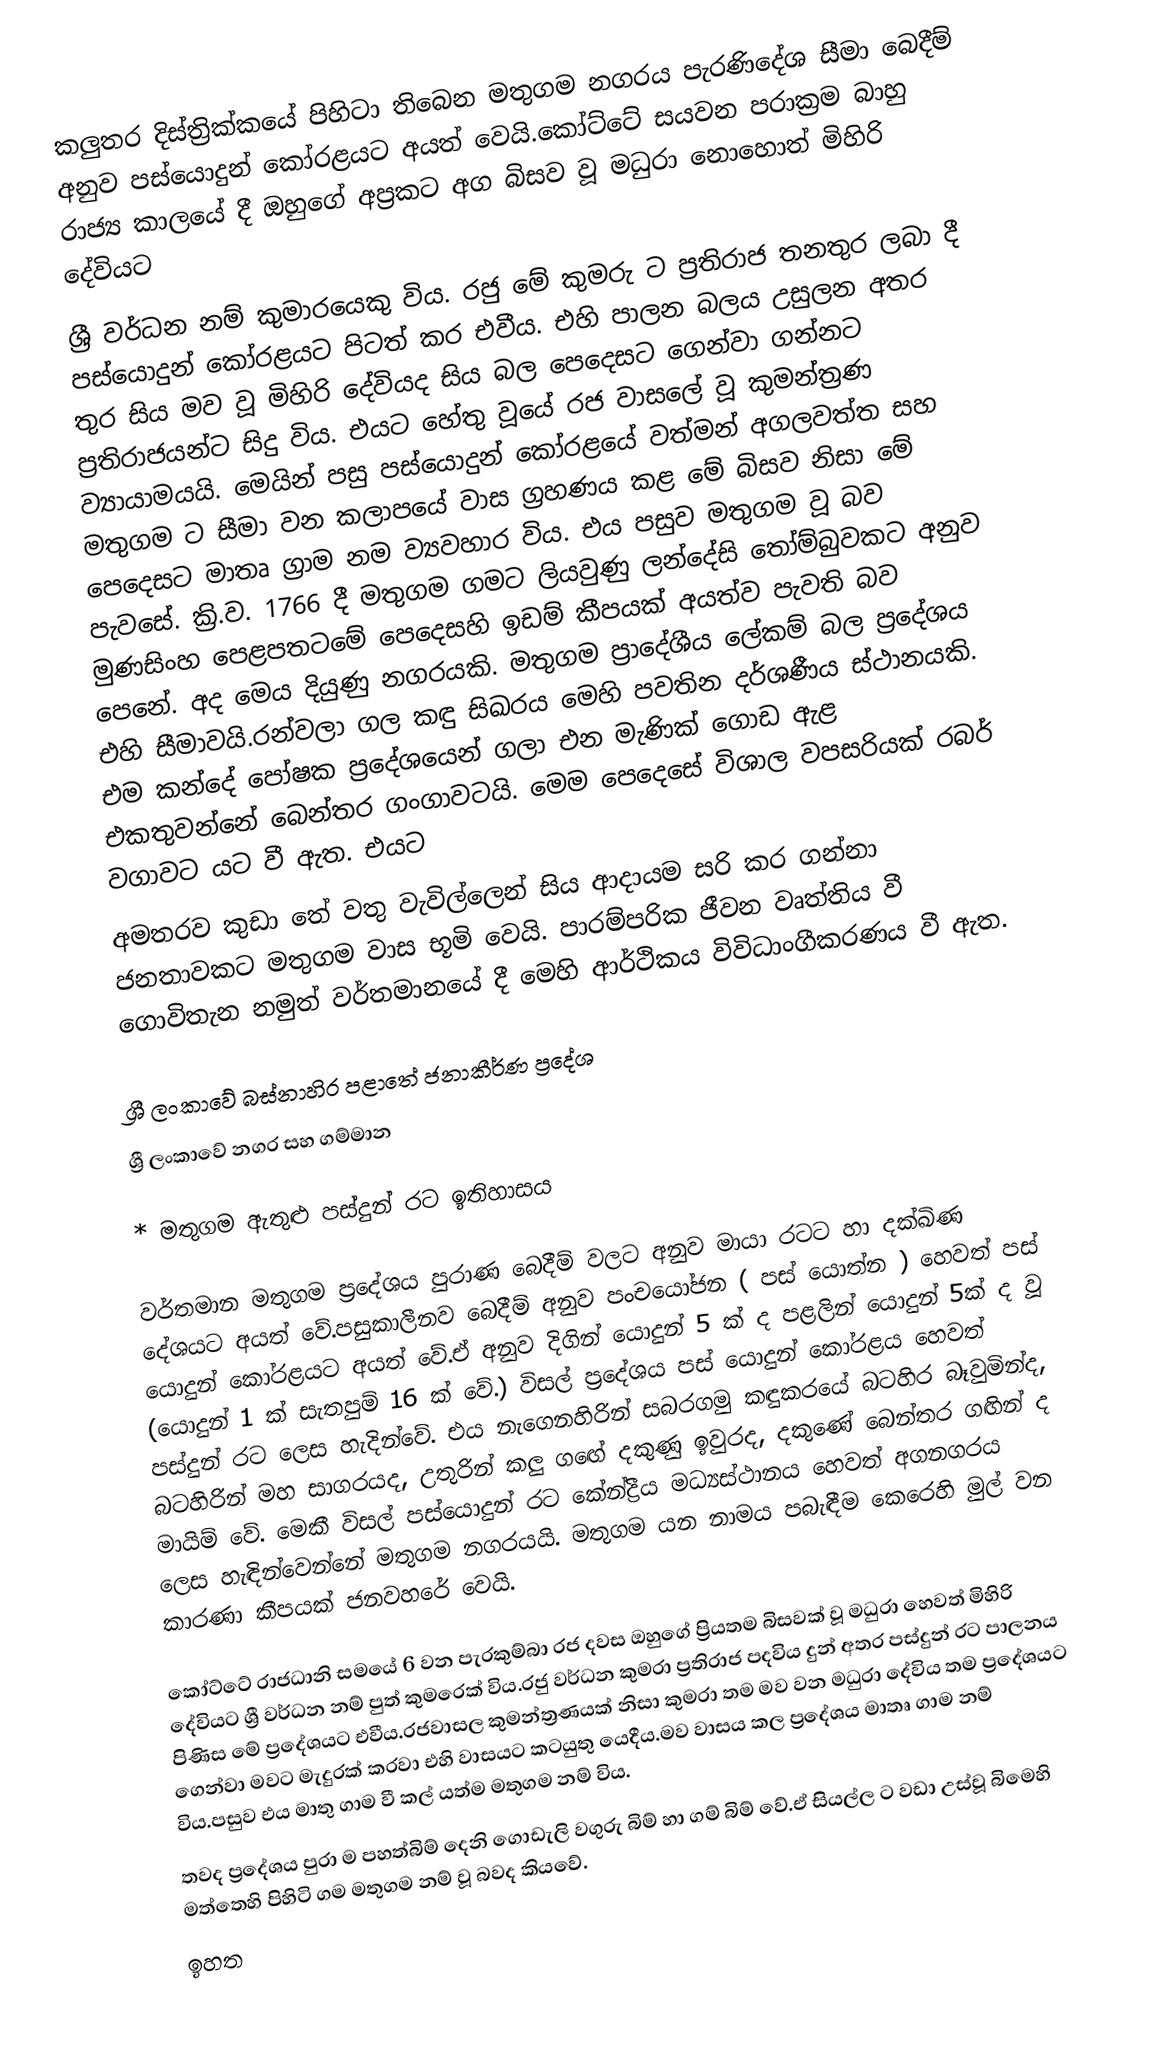
කලුතර දිස්ත්‍රික්කයේ පිහිටා තිබෙන මතුගම නගරය පැරණිදේශ සීමා බෙදීම් අනුව පස්යොදුන් කෝරළයට අයත් වෙයි.කෝට්ටේ සයවන පරාක්‍රම බාහු රාජ්‍ය කාලයේ දී ඔහුගේ අප්‍රකට අග බිසව වූ මධුරා නොහොත් මිහිරි දේවියට
ශ්‍රී වර්ධන නම් කුමාරයෙකු විය. රජු මේ කුමරු ට ප්‍රතිරාජ තනතුර ලබා දී පස්යොදුන් කෝරළයට පිටත් කර එවීය. එහි පාලන බලය උසුලන අතර තුර සිය මව වූ මිහිරි දේවියද සිය බල පෙදෙසට ගෙන්වා ගන්නට ප්‍රතිරාජයන්ට සිදු විය. එයට හේතු වූයේ රජ වාසලේ වූ කුමන්ත්‍රණ ව්‍යායාමයයි. මෙයින් පසු පස්යොදුන් කෝරළයේ වත්මන් අගලවත්ත සහ මතුගම ට සීමා වන කලාපයේ වාස ග්‍රහණය කළ මේ බිසව නිසා මේ පෙදෙසට මාතෘ ග්‍රාම නම ව්‍යවහාර විය. එය පසුව මතුගම වූ බව පැවසේ. ක්‍රි.ව. 1766 දී මතුගම ගමට ලියවුණු ලන්දේසි තෝම්බුවකට අනුව මුණසිංහ පෙළපතටමේ පෙදෙසහි ඉඩම් කීපයක් අයත්ව පැවති බව පෙනේ.  අද මෙය දියුණු නගරයකි. මතුගම ප්‍රාදේශීය ලේකම් බල ප්‍රදේශය එහි සීමාවයි.රන්වලා ගල කඳු සිඛරය මෙහි පවතින දර්ශණීය ස්ථානයකි. එම කන්දේ පෝෂක ප්‍රදේශයෙන් ගලා එන මැණික් ගොඩ ඇළ එකතුවන්නේ බෙන්තර ගංගාවටයි. මෙම පෙදෙසේ විශාල වපසරියක් රබර් වගාවට යට වී ඇත. එයට
අමතරව කුඩා තේ වතු වැවිල්ලෙන් සිය ආදායම සරි කර ගන්නා ජනතාවකට මතුගම වාස භූමි වෙයි. පාරම්පරික ජීවන වෘත්තිය වී ගොවිතැන නමුත් වර්තමානයේ දී මෙහි ආර්ථිකය විවිධාංගීකරණය වී ඇත.

ශ්‍රී ලංකාවේ බස්නාහිර පළාතේ ජනාකීර්ණ ප්‍රදේශ
ශ්‍රී ලංකාවේ නගර සහ ගම්මාන

  * මතුගම ඇතුළු පස්දුන් රට ඉතිහාසය

වර්තමාන මතුගම ප්‍රදේශය පුරාණ බෙදීම් වලට අනුව මායා රටට හා දක්ඛිණ දේශයට අයත් වේ.පසුකාලීනව බෙදීම් අනුව පංචයෝජන ( පස්‍ යොත්න ) හෙවත් පස්‍ යොදුන් කෝරළයට අයත් වේ.ඒ අනුව දිගින් යොදුන් 5 ක් ද පළලින් යොදුන් 5ක් ද වූ (යොදුන් 1 ක් සැතපුම් 16 ක් වේ.) විසල් ප්‍රදේශය පස් යොදුන් කෝරළය හෙවත් පස්දුන් රට ලෙස හැදින්වේ. එය නැගෙනහිරින්  සබරගමු කඳුකරයේ බටහිර බෑවුමින්ද, බටහිරින් මහ සාගරයද, උතුරින් කලු ගඟේ දකුණු ඉවුරද, දකුණේ බෙන්තර ගඟින් ද මායිම් වේ. මෙකී විසල් පස්යොදුන් රට කේන්ද්‍රීය මධ්‍යස්ථානය හෙවත් අගනගරය ලෙස හැඳින්වෙන්නේ මතුගම  නගරයයි. මතුගම යන නාමය පබැඳීම කෙරෙහි මුල් වන කාරණා කීපයක් ජනවහරේ වෙයි.

          කෝට්ටේ රාජධානි සමයේ 6 වන පැරකුම්බා රජ දවස ඔහුගේ ප්‍රියතම බිසවක් වූ මධුරා හෙවත් මිහිරි දේවියට ශ්‍රී වර්ධන නම් පුත් කුමරෙක් විය.රජු වර්ධන කුමරා ප්‍රතිරාජ පදවිය දුන් අතර පස්දුන් රට  පාලනය පිණිස මේ ප්‍රදේශයට එවීය.රජවාසල කුමන්ත්‍රණයක් නිසා කුමරා තම මව වන මධුරා දේවිය තම ප්‍රදේශයට ගෙන්වා මවට මැදුරක් කරවා එහි වාසයට කටයුතු යෙදීය.මව වාසය කල ප්‍රදේශය මාතෘ ගාම නම් විය.පසුව එය මාතු ගාම වී කල් යත්ම මතුගම නම් විය.
      තවද ප්‍රදේශය පුරා ම පහත්බිම් දෙනි ගොඩැලි වගුරු බිම් හා ගම් බිම් වේ.ඒ සියල්ල ට වඩා උස්වූ බිමෙහි මත්තෙහි පිහිටි ගම මතුගම නම් වූ බවද කියවේ.
        ඉහත